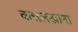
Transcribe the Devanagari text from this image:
कत्तलखाना